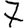
Digit: 7